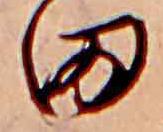
田